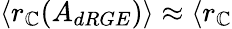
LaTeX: \langle r_{\mathbb{C}}(A_{dRGE})\rangle\approx\langle r_{\mathbb{C}}